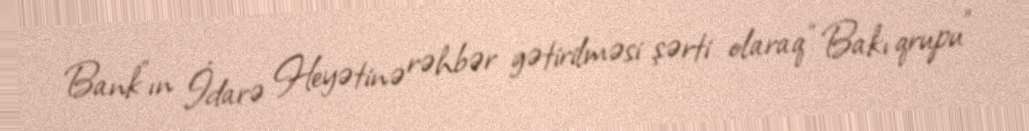
Bank”ın İdarə Heyətinə rəhbər gətirilməsi şərti olaraq “Bakı qrupu”